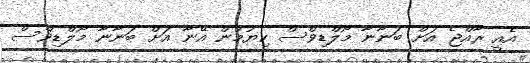
އެއީ ރާއްޖެ އަށް ބަނާނާ މޯލްޑިވްސް ކިޔުމުން އޭނާ އަށް ބަނާނާ މޯލްޑިވްސް